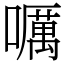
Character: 𡂖